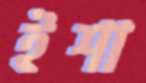
ইশা